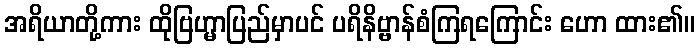
အရိယာတို့ကား ထိုဗြဟ္မာပြည်မှာပင် ပရိနိဗ္ဗာန်စံကြရကြောင်း ဟော ထား၏။